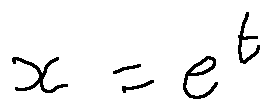
x = e ^ { t }